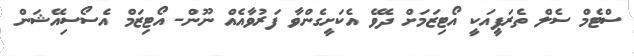
ސްޓެމް ސެލް ތެރަޕީއަކީ އޯޓިޒަމަށް ދެވޭ އެކަށީގެންވާ ފަރުވާއެއް ނޫން- އޯޓިޒަމް އެސޯސިއޭޝަން